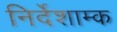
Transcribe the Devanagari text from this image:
निर्देशाम्क